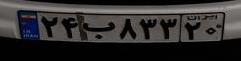
۲۴ب۸۳۳۲۰